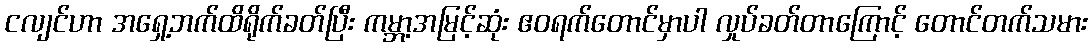
ငလျင်ဟာ အရှေ့ဘက်ထိရိုက်ခတ်ပြီး ကမ္ဘာ့အမြင့်ဆုံး ဧဝရက်တောင်မှာပါ လှုပ်ခတ်တာကြောင့် တောင်တက်သမား